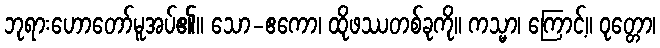
ဘုရားဟောတော်မူအပ်၏။ သော-ဧကော၊ ထိုဖဿတစ်ခုကို။ ကသ္မာ၊ ကြောင့်။ ဝုတ္တော၊